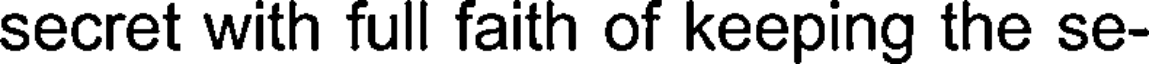
secret with full faith of keeping the se-